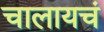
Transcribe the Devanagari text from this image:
चालायचं